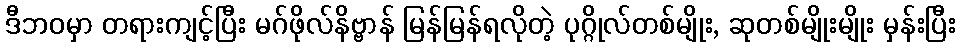
ဒီဘဝမှာ တရားကျင့်ပြီး မဂ်ဖိုလ်နိဗ္ဗာန် မြန်မြန်ရလိုတဲ့ ပုဂ္ဂိုလ်တစ်မျိုး, ဆုတစ်မျိုးမျိုး မှန်းပြီး